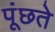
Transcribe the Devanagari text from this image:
पूंछते